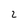
Character: 2